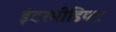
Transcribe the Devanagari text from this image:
इंटरमीडियट